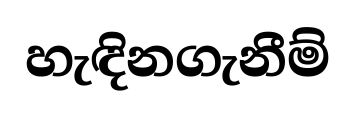
හැඳිනගැනීම්